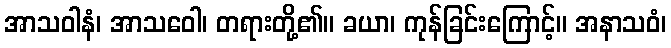
အာသဝါနံ၊ အာသဝေါ၊ တရားတို့၏။ ခယာ၊ ကုန်ခြင်းကြောင့်။ အနာသဝံ၊